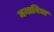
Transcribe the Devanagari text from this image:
मन्त्रविद्या